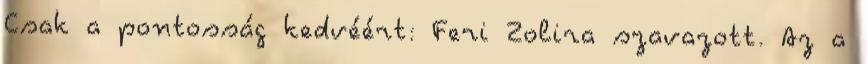
Csak a pontosság kedvéért: Feri Zolira szavazott. Az a